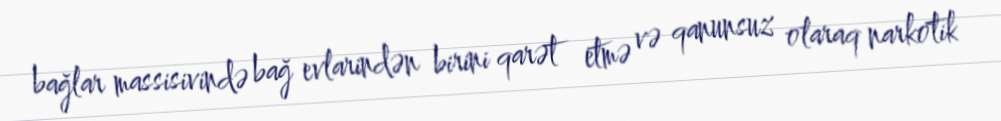
bağlar massisivində bağ evlarindən birini qarət etmə və qanunsuz olaraq narkotik